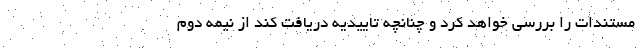
مستندات را بررسی خواهد کرد و چنانچه تاییدیه دریافت کند از نیمه دوم